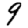
Digit: 9